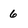
Character: 6